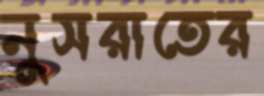
নুসরাতের